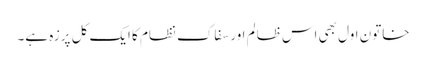
خاتون اول بھی اس ظالم اور سفاک نظام کا ایک کل پرزہ ہے۔